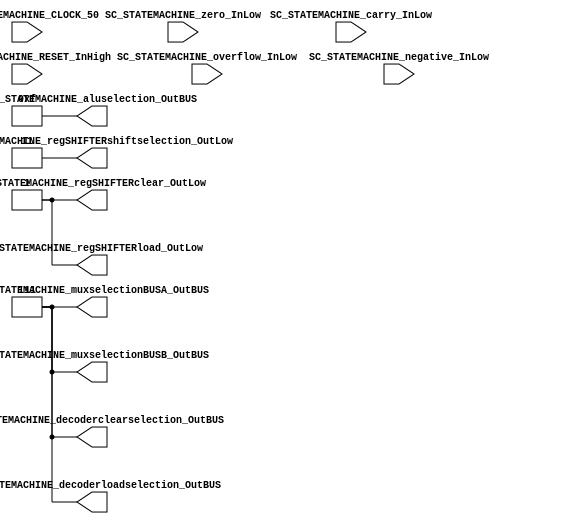
/*######################################################################
//#	G0B1T: HDL EXAMPLES. 2018.
//######################################################################
//# Copyright (C) 2018. F.E.Segura-Quijano (FES) fsegura@uniandes.edu.co
//# 
//# This program is free software: you can redistribute it and/or modify
//# it under the terms of the GNU General Public License as published by
//# the Free Software Foundation, version 3 of the License.
//#
//# This program is distributed in the hope that it will be useful,
//# but WITHOUT ANY WARRANTY; without even the implied warranty of
//# MERCHANTABILITY or FITNESS FOR A PARTICULAR PURPOSE.  See the
//# GNU General Public License for more details.
//#
//# You should have received a copy of the GNU General Public License
//# along with this program.  If not, see <http://www.gnu.org/licenses/>
//####################################################################*/
//=======================================================
//  MODULE Definition
//=======================================================
module SC_STATEMACHINE #(parameter DATAWIDTH_DECODER_SELECTION=3, parameter DATAWIDTH_MUX_SELECTION=3, parameter DATAWIDTH_ALU_SELECTION=4,  parameter DATAWIDTH_REGSHIFTER_SELECTION=2 ) (
	//////////// OUTPUTS //////////
	SC_STATEMACHINE_decoderclearselection_OutBUS,
	SC_STATEMACHINE_decoderloadselection_OutBUS,
	SC_STATEMACHINE_muxselectionBUSA_OutBUS,
	SC_STATEMACHINE_muxselectionBUSB_OutBUS,
	SC_STATEMACHINE_aluselection_OutBUS,
	SC_STATEMACHINE_regSHIFTERclear_OutLow,
	SC_STATEMACHINE_regSHIFTERload_OutLow,
	SC_STATEMACHINE_regSHIFTERshiftselection_OutLow,
	//////////// INPUTS //////////
	SC_STATEMACHINE_CLOCK_50,
	SC_STATEMACHINE_RESET_InHigh,
	SC_STATEMACHINE_overflow_InLow,
	SC_STATEMACHINE_carry_InLow,
	SC_STATEMACHINE_negative_InLow,
	SC_STATEMACHINE_zero_InLow
);	
//=======================================================
//  PARAMETER declarations
//=======================================================
// states declaration
localparam State_RESET_0							= 0;
localparam State_START_0							= 1;

localparam State_END_0								= 2;
//=======================================================
//  PORT declarations
//=======================================================
output reg	[DATAWIDTH_DECODER_SELECTION-1:0] SC_STATEMACHINE_decoderclearselection_OutBUS;
output reg	[DATAWIDTH_DECODER_SELECTION-1:0] SC_STATEMACHINE_decoderloadselection_OutBUS;
output reg	[DATAWIDTH_MUX_SELECTION-1:0] SC_STATEMACHINE_muxselectionBUSA_OutBUS;
output reg	[DATAWIDTH_MUX_SELECTION-1:0] SC_STATEMACHINE_muxselectionBUSB_OutBUS;
output reg	[DATAWIDTH_ALU_SELECTION-1:0] SC_STATEMACHINE_aluselection_OutBUS;
output reg	SC_STATEMACHINE_regSHIFTERclear_OutLow;
output reg	SC_STATEMACHINE_regSHIFTERload_OutLow;
output reg	[DATAWIDTH_REGSHIFTER_SELECTION-1:0] SC_STATEMACHINE_regSHIFTERshiftselection_OutLow;
input		SC_STATEMACHINE_CLOCK_50;
input		SC_STATEMACHINE_RESET_InHigh;
input		SC_STATEMACHINE_overflow_InLow;	
input		SC_STATEMACHINE_carry_InLow;	
input		SC_STATEMACHINE_negative_InLow;	
input		SC_STATEMACHINE_zero_InLow;		
//=======================================================
//  REG/WIRE declarations
//=======================================================
reg [7:0] State_Register;
reg [7:0] State_Signal;
//=======================================================
//  Structural coding
//=======================================================
//=========================================================
// ADD: RegGEN3 = RegFIX0 + RegFIX1
//=========================================================
//INPUT LOGIC: COMBINATIONAL
// NEXT STATE LOGIC : COMBINATIONAL
always @(*)
case (State_Register)
//TO INIT REGISTERS
	// 
	State_RESET_0: State_Signal = State_START_0;
	State_START_0: State_Signal = State_END_0;

	State_END_0: State_Signal = State_END_0;
	default : State_Signal = State_RESET_0;
endcase
	
// STATE REGISTER : SEQUENTIAL
always @ ( posedge SC_STATEMACHINE_CLOCK_50 , posedge SC_STATEMACHINE_RESET_InHigh)
if (SC_STATEMACHINE_RESET_InHigh==1)
	State_Register <= State_RESET_0;
else
	State_Register <= State_Signal;
//=======================================================
//  Outputs
//=======================================================
// OUTPUT LOGIC : COMBINATIONAL
always @ (*)
case (State_Register)
//=========================================================
// RESET STATE
//=========================================================
State_RESET_0 :	
	begin	
	//=========================================================
	// DECODERS. a) LOAD DATA: FROM BUSC TO GENERAL REGISTERS b) CLEAR DATA
	//=========================================================
		// 111 NO GenREG Selected; 000 GenREG_0, ... 011 GenREG_3;
		SC_STATEMACHINE_decoderclearselection_OutBUS = 3'b111;
		// 111 NO GenREG Selected; 000 GenREG_0, ... 011 GenREG_3;
		SC_STATEMACHINE_decoderloadselection_OutBUS = 3'b111;
	//=========================================================
	// READ DATA: FROM REGISTER(FIXED OR GENERAL) TO BUSA or BUS_B or BOTH OF THEM
	//=========================================================
		// TO BUS A: 000 RegGen_0; 001 RegGen_1; 010 RegGen_2; 011 RegGen_3; 100 RegFIX_0; 101 RegFIX_1;110 NA; 111 NA;
		SC_STATEMACHINE_muxselectionBUSA_OutBUS = 3'b111;				
		// TO BUS B: 000 RegGen_0; 001 RegGen_1; 010 RegGen_2; 011 RegGen_3; 100 RegFIX_0; 101 RegFIX_1; 110 NA; 111 NA;
		SC_STATEMACHINE_muxselectionBUSB_OutBUS = 3'b111;				
	//=========================================================
	// ALU OPERATION: 
	//=========================================================
		// 0000 BUSA; 0001 OR; 0010 AND; 0011 NOT A; 0100 XOR; 0101-0111 A; 1000 ADD; 1001 SUB; 1010 INC; 1011 DEC; 1100-1111 A;
		SC_STATEMACHINE_aluselection_OutBUS = 4'b1111;
	//=========================================================
	// SHIFT REGISTER CONTROL: LOAD DATA IN REGSHIFER and REGSHIFER SELECTION
	//=========================================================
		// CLEAR: 1 NO CLEAR; 0 CLEAR;
		SC_STATEMACHINE_regSHIFTERclear_OutLow = 1;
		// LOAD: 1 NO LOAD;  0 LOAD;
		SC_STATEMACHINE_regSHIFTERload_OutLow = 1;
		// SHIFT: 01 ShiftLeft; 10 ShiftRight; 00-11 NOTHING
		SC_STATEMACHINE_regSHIFTERshiftselection_OutLow = 2'b11;
	end
//=========================================================
// START STATE
//=========================================================
State_START_0 :	
	begin	
		SC_STATEMACHINE_decoderclearselection_OutBUS = 3'b111;
		SC_STATEMACHINE_decoderloadselection_OutBUS = 3'b111;
		SC_STATEMACHINE_muxselectionBUSA_OutBUS = 3'b111;
		SC_STATEMACHINE_muxselectionBUSB_OutBUS = 3'b111;
		SC_STATEMACHINE_aluselection_OutBUS = 4'b1111;
		SC_STATEMACHINE_regSHIFTERclear_OutLow = 1;
		SC_STATEMACHINE_regSHIFTERload_OutLow = 1;
		SC_STATEMACHINE_regSHIFTERshiftselection_OutLow = 2'b11;
	end
//=========================================================
// 
//=========================================================


//=========================================================
// END STATE
//=========================================================
State_END_0 :	
	begin	
		SC_STATEMACHINE_decoderclearselection_OutBUS = 3'b111;
		SC_STATEMACHINE_decoderloadselection_OutBUS = 3'b111;
		SC_STATEMACHINE_muxselectionBUSA_OutBUS = 3'b111;				
		SC_STATEMACHINE_muxselectionBUSB_OutBUS = 3'b111;				
		SC_STATEMACHINE_aluselection_OutBUS = 4'b1111;
		SC_STATEMACHINE_regSHIFTERclear_OutLow = 1;
		SC_STATEMACHINE_regSHIFTERload_OutLow = 1;						
		SC_STATEMACHINE_regSHIFTERshiftselection_OutLow = 2'b11;		
	end	
//=========================================================
// DEFAULT
//=========================================================
default:	
	begin	
		SC_STATEMACHINE_decoderclearselection_OutBUS = 3'b111;
		SC_STATEMACHINE_decoderloadselection_OutBUS = 3'b111;
		SC_STATEMACHINE_muxselectionBUSA_OutBUS = 3'b111;
		SC_STATEMACHINE_muxselectionBUSB_OutBUS = 3'b111;
		SC_STATEMACHINE_aluselection_OutBUS = 4'b1111;
		SC_STATEMACHINE_regSHIFTERclear_OutLow = 1;
		SC_STATEMACHINE_regSHIFTERload_OutLow = 1;
		SC_STATEMACHINE_regSHIFTERshiftselection_OutLow = 2'b11;
	end
endcase

endmodule